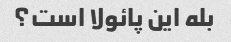
بله این پائولا است؟